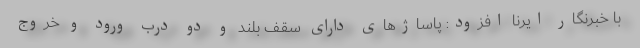
با خبرنگار ایرنا افزود: پاساژهای دارای سقف بلند و دو درب ورود و خروج